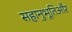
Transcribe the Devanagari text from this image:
सहानुभूतिऔर